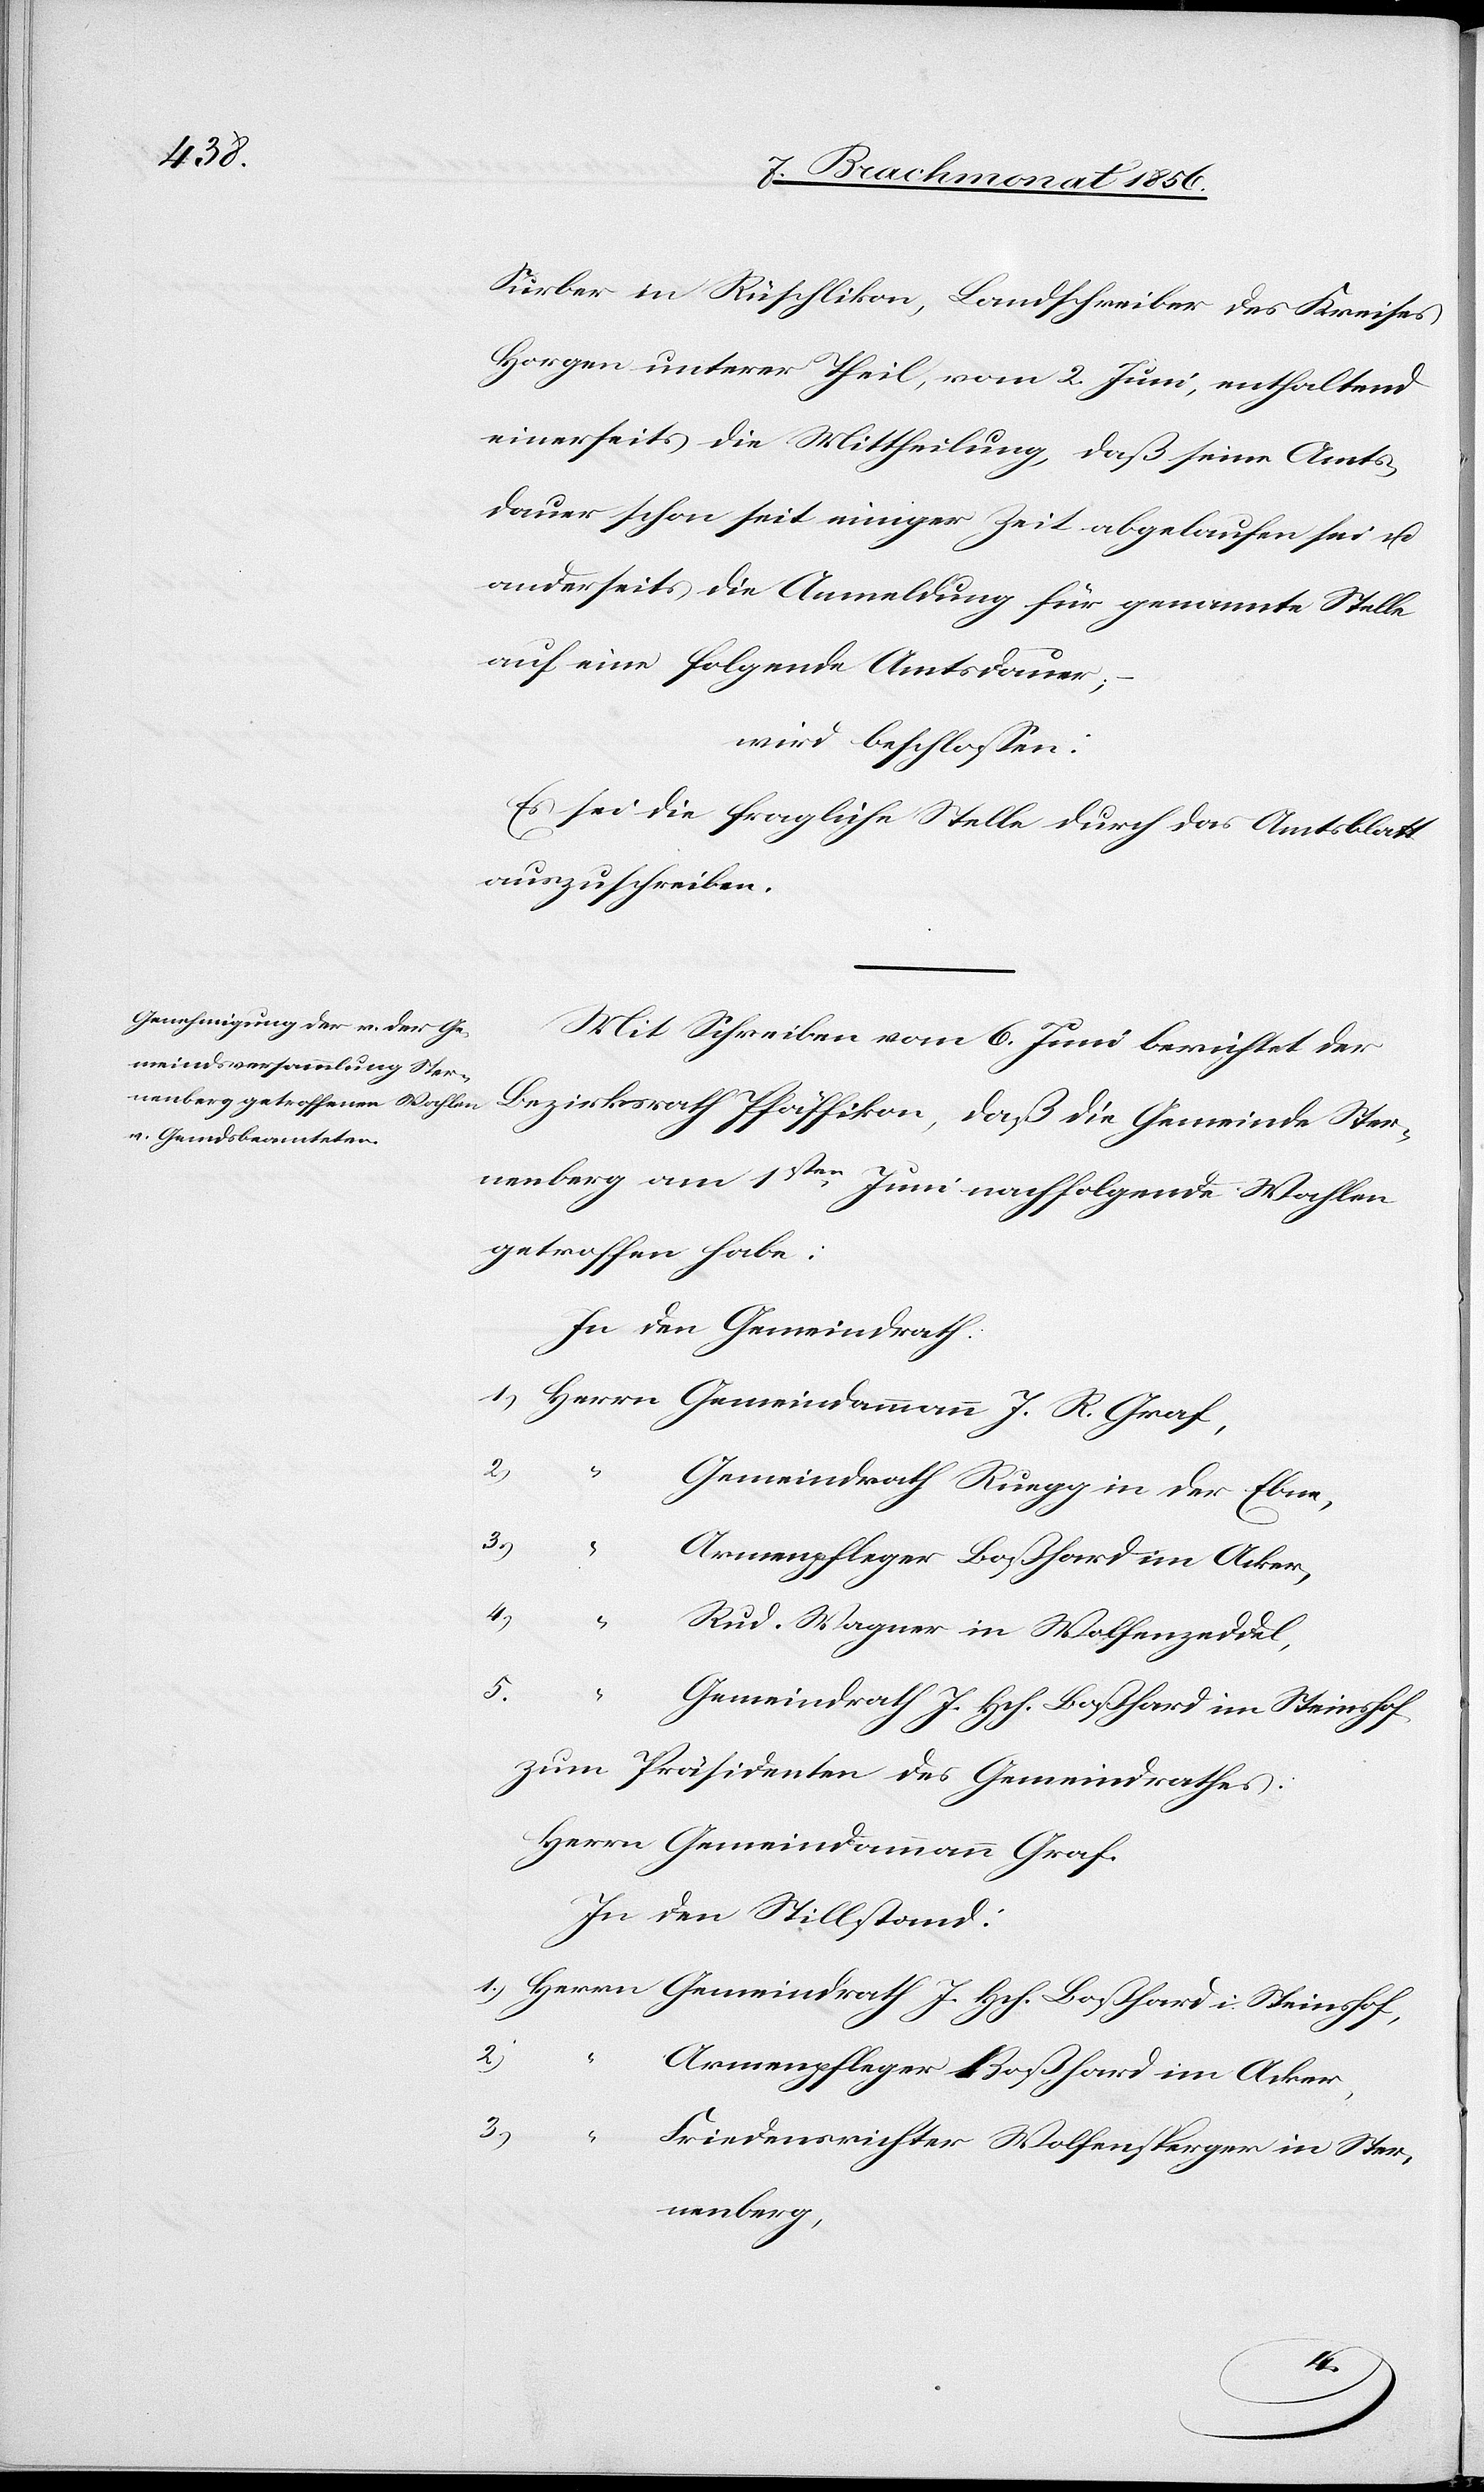
Surber in Rüschlikon, Landschreiber des Kreises
Horgen unterer Theil, vom 2. Juni, enthaltend
einerseits die Mittheilung, daß seine Amts¬
dauer schon seit einiger Zeit abgelaufen sei u.
anderseits die Anmeldung für genannte Stelle
auf eine folgende Amtsdauer;
wird beschlossen:
Es sei die fragliche Stelle durch das Amtsblatt
auszuschreiben.
Mit Schreiben vom 6. Juni berichtet der
Bezirksrath Pfäffikon, daß die Gemeinde Ster¬
nenberg am 1sten Juni nachfolgende Wahlen
getroffen habe:
In den Gemeindrath:
2.)
“
Gemeindrath Ruegg in der Ebne,
3.)
Armenpfleger Boßhard im Acker,
1.)
Herrn
Rud. Wagner in Wolfenzeddel,
5.)
“
Gemeindrath J. Hch. Boßhard i. Steinshof,
zum Präsidenten des Gemeindrathes:
In den Stillstand:
Graf.
2.)
Friedensrichter Wolfensperger in Ster¬
nenberg,